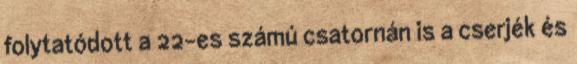
folytatódott a 22-es számú csatornán is a cserjék és